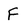
Character: F